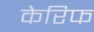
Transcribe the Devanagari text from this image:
केरिफ